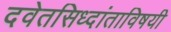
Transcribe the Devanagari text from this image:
दवेतसिध्दांताविषयी